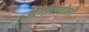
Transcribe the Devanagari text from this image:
अगोराटोली